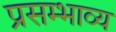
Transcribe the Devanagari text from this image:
प्रसम्भाव्य